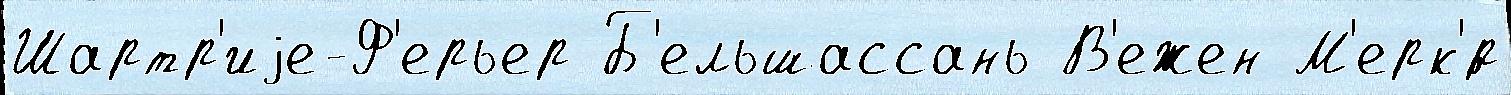
Шартр'иjе-Ф'ерьер Б'ельшассань В'ежен М'ерк'́р